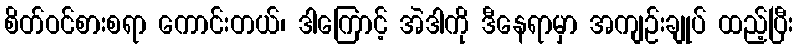
စိတ်ဝင်စားစရာ ကောင်းတယ်၊ ဒါကြောင့် အဲဒါကို ဒီနေရာမှာ အကျဉ်းချုပ် ထည့်ပြီး